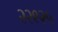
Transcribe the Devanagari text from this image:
२२९२५